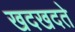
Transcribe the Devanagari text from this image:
खदखदते